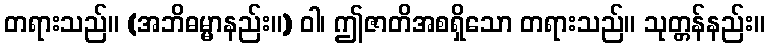
တရားသည်။ (အဘိဓမ္မာနည်း။) ဝါ၊ ဤဇာတိအစရှိသော တရားသည်။ သုတ္တန်နည်း။